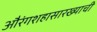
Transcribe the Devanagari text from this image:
औरंगशहासारख्याची